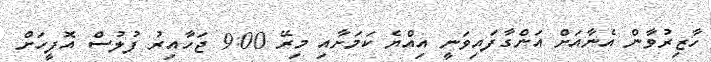
ހާޒިރުވާން އެނާއަށް އަންގާފައިވަނީ އިއްޔެ ކަމަށާއި މިރޭ 9:00 ޖަހާއިރު ފުލުސް އޮފީހަށް